Lunatic asylums Punjab 1895-1910 - 1895-1910
Year: 1895
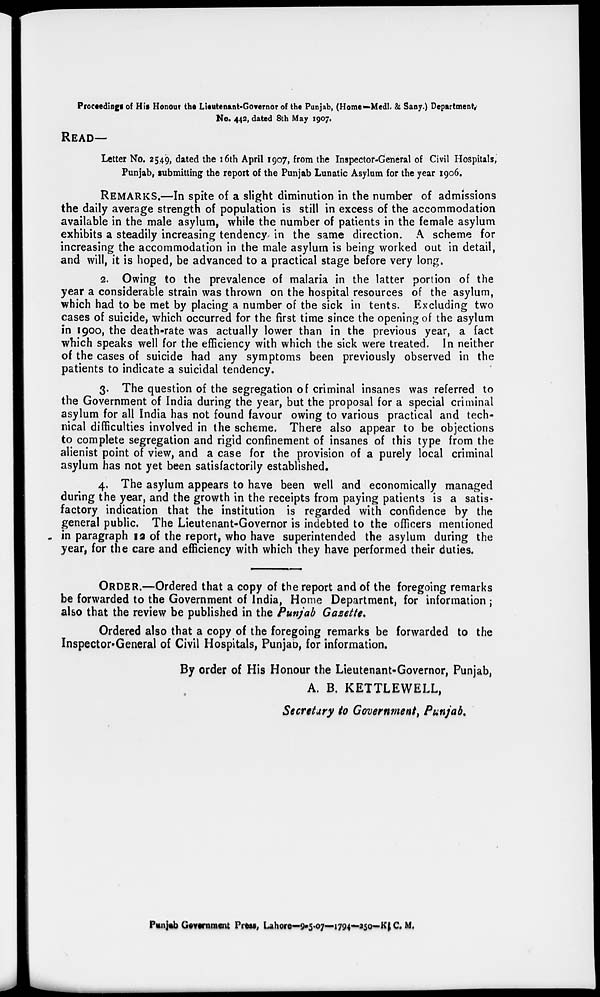
Proceedings of His Honour the Lieutenant-Governor of the Punjab, (Home—Medl. & Sany.) Department
No. 442, dated 8th May 1907.
READ —
Letter No. 2549, dated the 16 th April 1907, from the Inspector-General of Civil Hospitals,
Punjab, submitting the report of the Punjab Lunatic Asylum for the year 1906.
REMARKS.—In spite of a slight diminution in the number of admissions
the daily average strength of population is still in excess of the accommodation
available in the male asylum, while the number of patients in the female asylum
exhibits a steadily increasing tendency in the same direction. A scheme for
increasing the accommodation in the male asylum is being worked out in detail,
and will, it is hoped, be advanced to a practical stage before very long.
2. Owing to the prevalence of malaria in the latter portion of the
year a considerable strain was thrown on the hospital resources of the asylum,
which had to be met by placing a number of the sick in tents. Excluding two
cases of suicide, which occurred for the first time since the opening of the asylum
in 1900, the death-rate was actually lower than in the previous year, a fact
which speaks well for the efficiency with which the sick were treated. In neither
of the cases of suicide had any symptoms been previously observed in the
patients to indicate a suicidal tendency.
3. The question of the segregation of criminal insanes was referred to
the Government of India during the year, but the proposal for a special criminal
asylum for all India has not found favour owing to various practical and tech-
nical difficulties involved in the scheme. There also appear to be objections
to complete segregation and rigid confinement of insanes of this type from the
alienist point of view, and a case for the provision of a purely local criminal
asylum has not yet been satisfactorily established.
4. The asylum appears to have been well and economically managed
during the year, and the growth in the receipts from paying patients is a satis-
factory indication that the institution is regarded with confidence by the
general public. The Lieutenant-Governor is indebted to the officers mentioned
in paragraph 12 of the report, who have superintended the asylum during the
year, for the care and efficiency with which they have performed their duties.
ORDER.—Ordered that a copy of the report and of the foregoing remarks
be forwarded to the Government of India, Home Department, for information ;
also that the review be published in the Punjab Gazette.
Ordered also that a copy of the foregoing remarks be forwarded to the
Inspector. General of Civil Hospitals, Punjab, for information.
By order of His Honour the Lieutenant-Governor, Punjab,
A. B. KETTLEWELL,
Secretary to Government, Punjab.
Punjab Government Press, Lahore—9-5-07—1794—250—K. C. M.